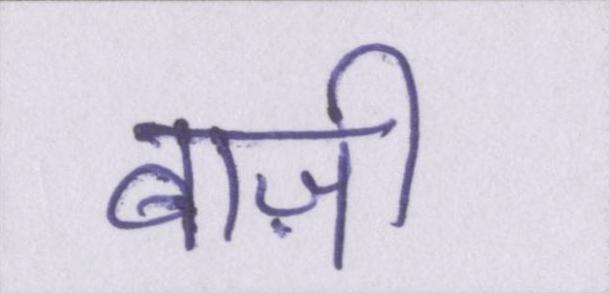
बाज़ी